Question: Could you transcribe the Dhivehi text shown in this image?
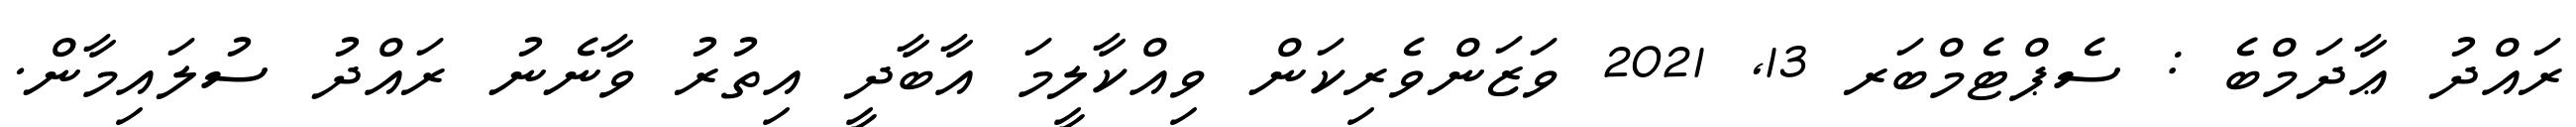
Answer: ރައްދު ޢާދަމްބެ : ސެޕްޓެމްބަރ 13, 2021 ވަޒަންވެރިކަން ވިއްކާލީމަ އާބާދީ އިތުރު ވާނެނު ރައްދު ސުލައިމާން.